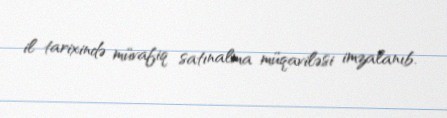
il tarixində müvafiq satınalma müqaviləsi imzalanıb.